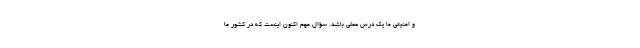
و امنیتی ما یک درس عملی باشد. سؤال مهم ‌اکنون اینست که در کشور ما